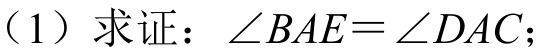
（1）求证：\(\angle BAE = \angle DAC\)；